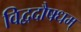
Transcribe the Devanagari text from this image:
विद्वदौषधम्